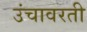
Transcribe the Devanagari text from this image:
उंचावरती